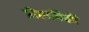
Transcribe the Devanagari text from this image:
प्रौद्यागिकी